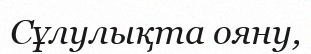
Сұлулықта ояну,